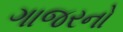
ગાજરનો